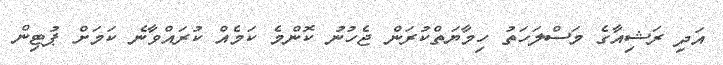
އަދި ރަޝިއާގެ މަސްލަހަތު ހިމާޔަތްކުރަން ޖެހުނު ކޮންމެ ކަމެއް ކުރައްވާނެ ކަމަށް ޕުޓިން